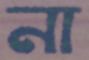
না